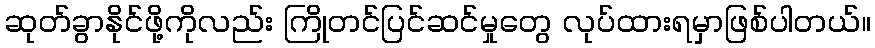
ဆုတ်ခွာနိုင်ဖို့ကိုလည်း ကြိုတင်ပြင်ဆင်မှုတွေ လုပ်ထားရမှာဖြစ်ပါတယ်။